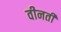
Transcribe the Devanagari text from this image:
वीनती